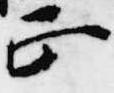
正